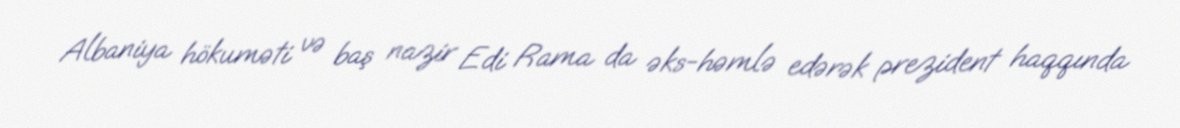
Albaniya hökuməti və baş nazir Edi Rama da əks-həmlə edərək prezident haqqında